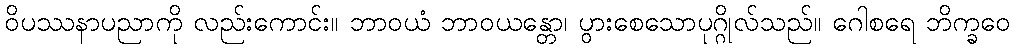
ဝိပဿနာပညာကို လည်းကောင်း။ ဘာဝယံ ဘာဝယန္တော၊ ပွားစေသောပုဂ္ဂိုလ်သည်။ ဂေါစရေ ဘိက္ခဝေ